Medical and sanitary report of the native army of Madras for the year
Year: 1872
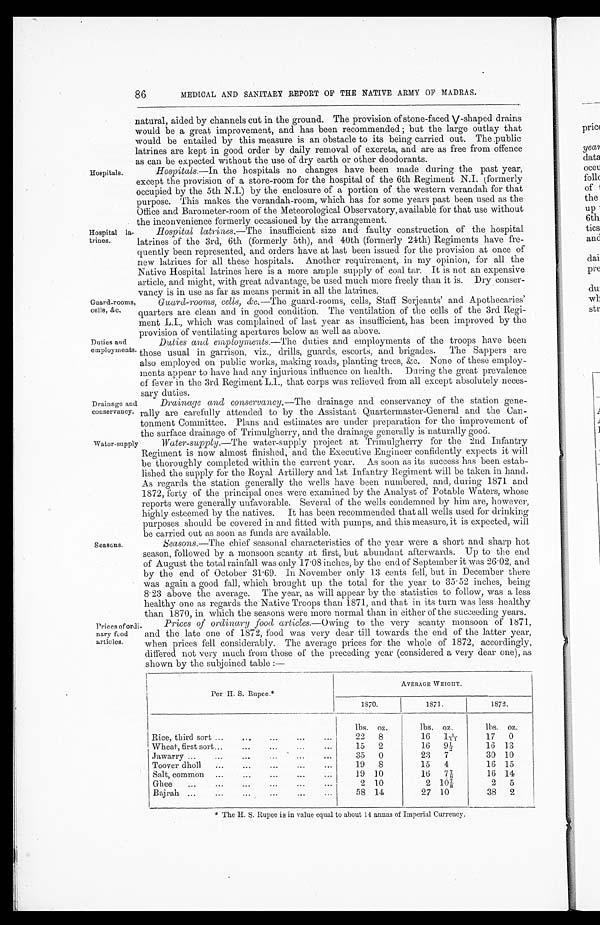
86
MEDICAL AND SANITARY REPORT OF THE NATIVE ARMY OF MADRAS.
Hospitals.
natural, aided by channels cut in the ground. The provision of stone-faced V-shaped drains
would be a great improvement, and has been recommended ; but the large outlay that
would be entailed by this measure is an obstacle to its being carried out. The .public
latrines are kept in good. order by daily removal of excreta, and are as free from offence
as can be expected without the use of dry earth or other deodorants.
Hospitals.—In the hospitals no changes have been made during the past year,
except the provision of a store-room for the hospital of the 6th Regiment N.I. (formerly
occupied by the 5th N.I.) by the enclosure of a portion of the western verandah for that
purpose. This makes the verandah-room, which has for some years past been used as the
Office and Barometer-room of the Meteorological Observatory, available for that use without
the inconvenience formerly occasioned by the arrangement.
Hospital la-
trines.
Guard-rooms,
&c.
Duties and
employments.
Drainage and
conservancy.
Water-supply
Seasons.
Prices of
ordinary food
articles.
Hospital latrines.—The insufficient size and. faulty construction of the hospital
latrines of the 3rd, 6th (formerly 5th), and 40th (formerly 24th) Regiments have fre-
quently been represented, and orders have at last been issued for the provision at once of
new latrines for all these hospitals. Another requirement, in my opinion, for all the
Native Hospital latrines here is a more ample supply of coal tar. It is not an expensive
article, and might, with great advantage, be used much more freely than it is. Dry conser-
vancy is in use as far as means permit in all the latrines.
Guard-rooms, cells, &c.—The guard-rooms, cells, Staff Serjeants' and Apothecaries'
quarters are clean and in good condition. The ventilation of the cells of the 3rd Regi-
ment L.I., which was complained of last year as insufficient, has been improved by the
provision of ventilating apertures below as well as above.
Duties and employments. — The duties and. employments of the troops have been
those usual in garrison, viz., drills, guards, escorts, and brigades. The Sappers are
also employed on public works, making roads, planting trees, &c. None of these employ-
ments appear to have had any injurious influence on health. During the great prevalence
of fever in the 3rd Regiment L.I., that corps was relieved from all except absolutely neces-
sary duties.
Drainage and conservancy. —The drainage and conservancy of the station gene-
rally are carefully attended to by the Assistant Quartermaster-General and the Can-
tonment Committee. Plans and estimates are under preparation for the improvement of
the surface drainage of Trimulgherry, and the drainage generally is naturally good.
Water-supply. —The water-supply project at Trimulgherry for the 2nd Infantry
Regiment is now almost finished, and the Executive Engineer confidently expects it will
be thoroughly completed within the current year. As soon as its success has been estab-
lished the supply for the Royal Artillery and 1st Infantry Regiment will be taken in hand.
As regards the station generally the wells have been numbered, and, during 1871 and
1872, forty of the principal ones were examined by the Analyst of Potable Waters, whose
reports were generally unfavorable. Several of the wells condemned by him are, however,
highly esteemed by the natives. It has been recommended that all wells used for drinking
purposes should be covered in and fitted with pumps, and this measure, it is expected, will.
be carried out as soon as funds are available.
Seasons. —The chief seasonal characteristics of the year were a short and sharp hot
season, followed by a monsoon scanty at first, but abundant afterwards. Up to the end
of August the total rainfall was only 17.08 inches, by the end of September it was 26 . 02, and
by the end of October 31 . 69. In November only 13 cents fell, but in December there
was again a good fall, which brought up the total for the year to 35 . 52 inches, being
8 . 23 above the average. The year, as will appear by the statistics to follow, was a less
healthy one as regards the Native Troops than 1871, and that in its turn was less healthy
than 1870, in which the seasons were more normal than in either of the succeeding years.
Prices of ordinary food articles.—Owing to the very scanty monsoon of 1671,
and the late one of 1872, food was very dear till towards the end of the latter year,
when prices fell considerably. The average prices for the whole of 1872, accordingly,
differed not very much from those of the preceding year (considered a very dear one), as
shown by the subjoined table :—
Per H. S. Rupee.*
AVERAGE WEIGHT.
1870.
1871.
1872.
lbs. oz.
lbs. oz.
lbs. oz.
Rice, third sort ...
... ...
...
...
22
8
16
1 1/11
17
0
Wheat, first sort...
...
...
...
15
2
16
9 1/2
16 13
Jawarry ...
• • •
... ...
...
35
0
23
7
30 10
Toover dholl
...
...
...
...
...
19
8
15
4
16 15
Salt, common
...
...
...
...
...
19 10
16
7 7/8
16 14
Ghee
...
• -
...
...
. . .
2 10
2 1 0 7 / 8
2
5
Bajrah ...
...
...
...
...
...
58 14
27 10
38
2
* The H. S. Rupee is in value equal to about 14 annas of Imperial Currency.